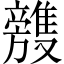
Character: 𣄥